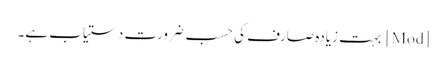
[Mod] بہت زیادہ صارف کی حسب ضرورت دستیاب ہے۔